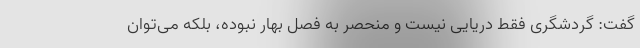
گفت: گردشگری فقط دریایی نیست و منحصر به فصل بهار نبوده، بلکه می­توان